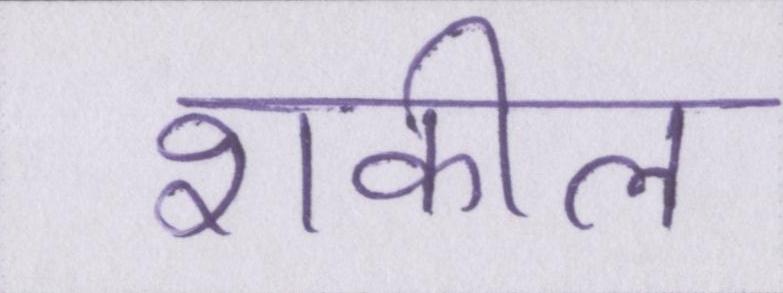
शकील